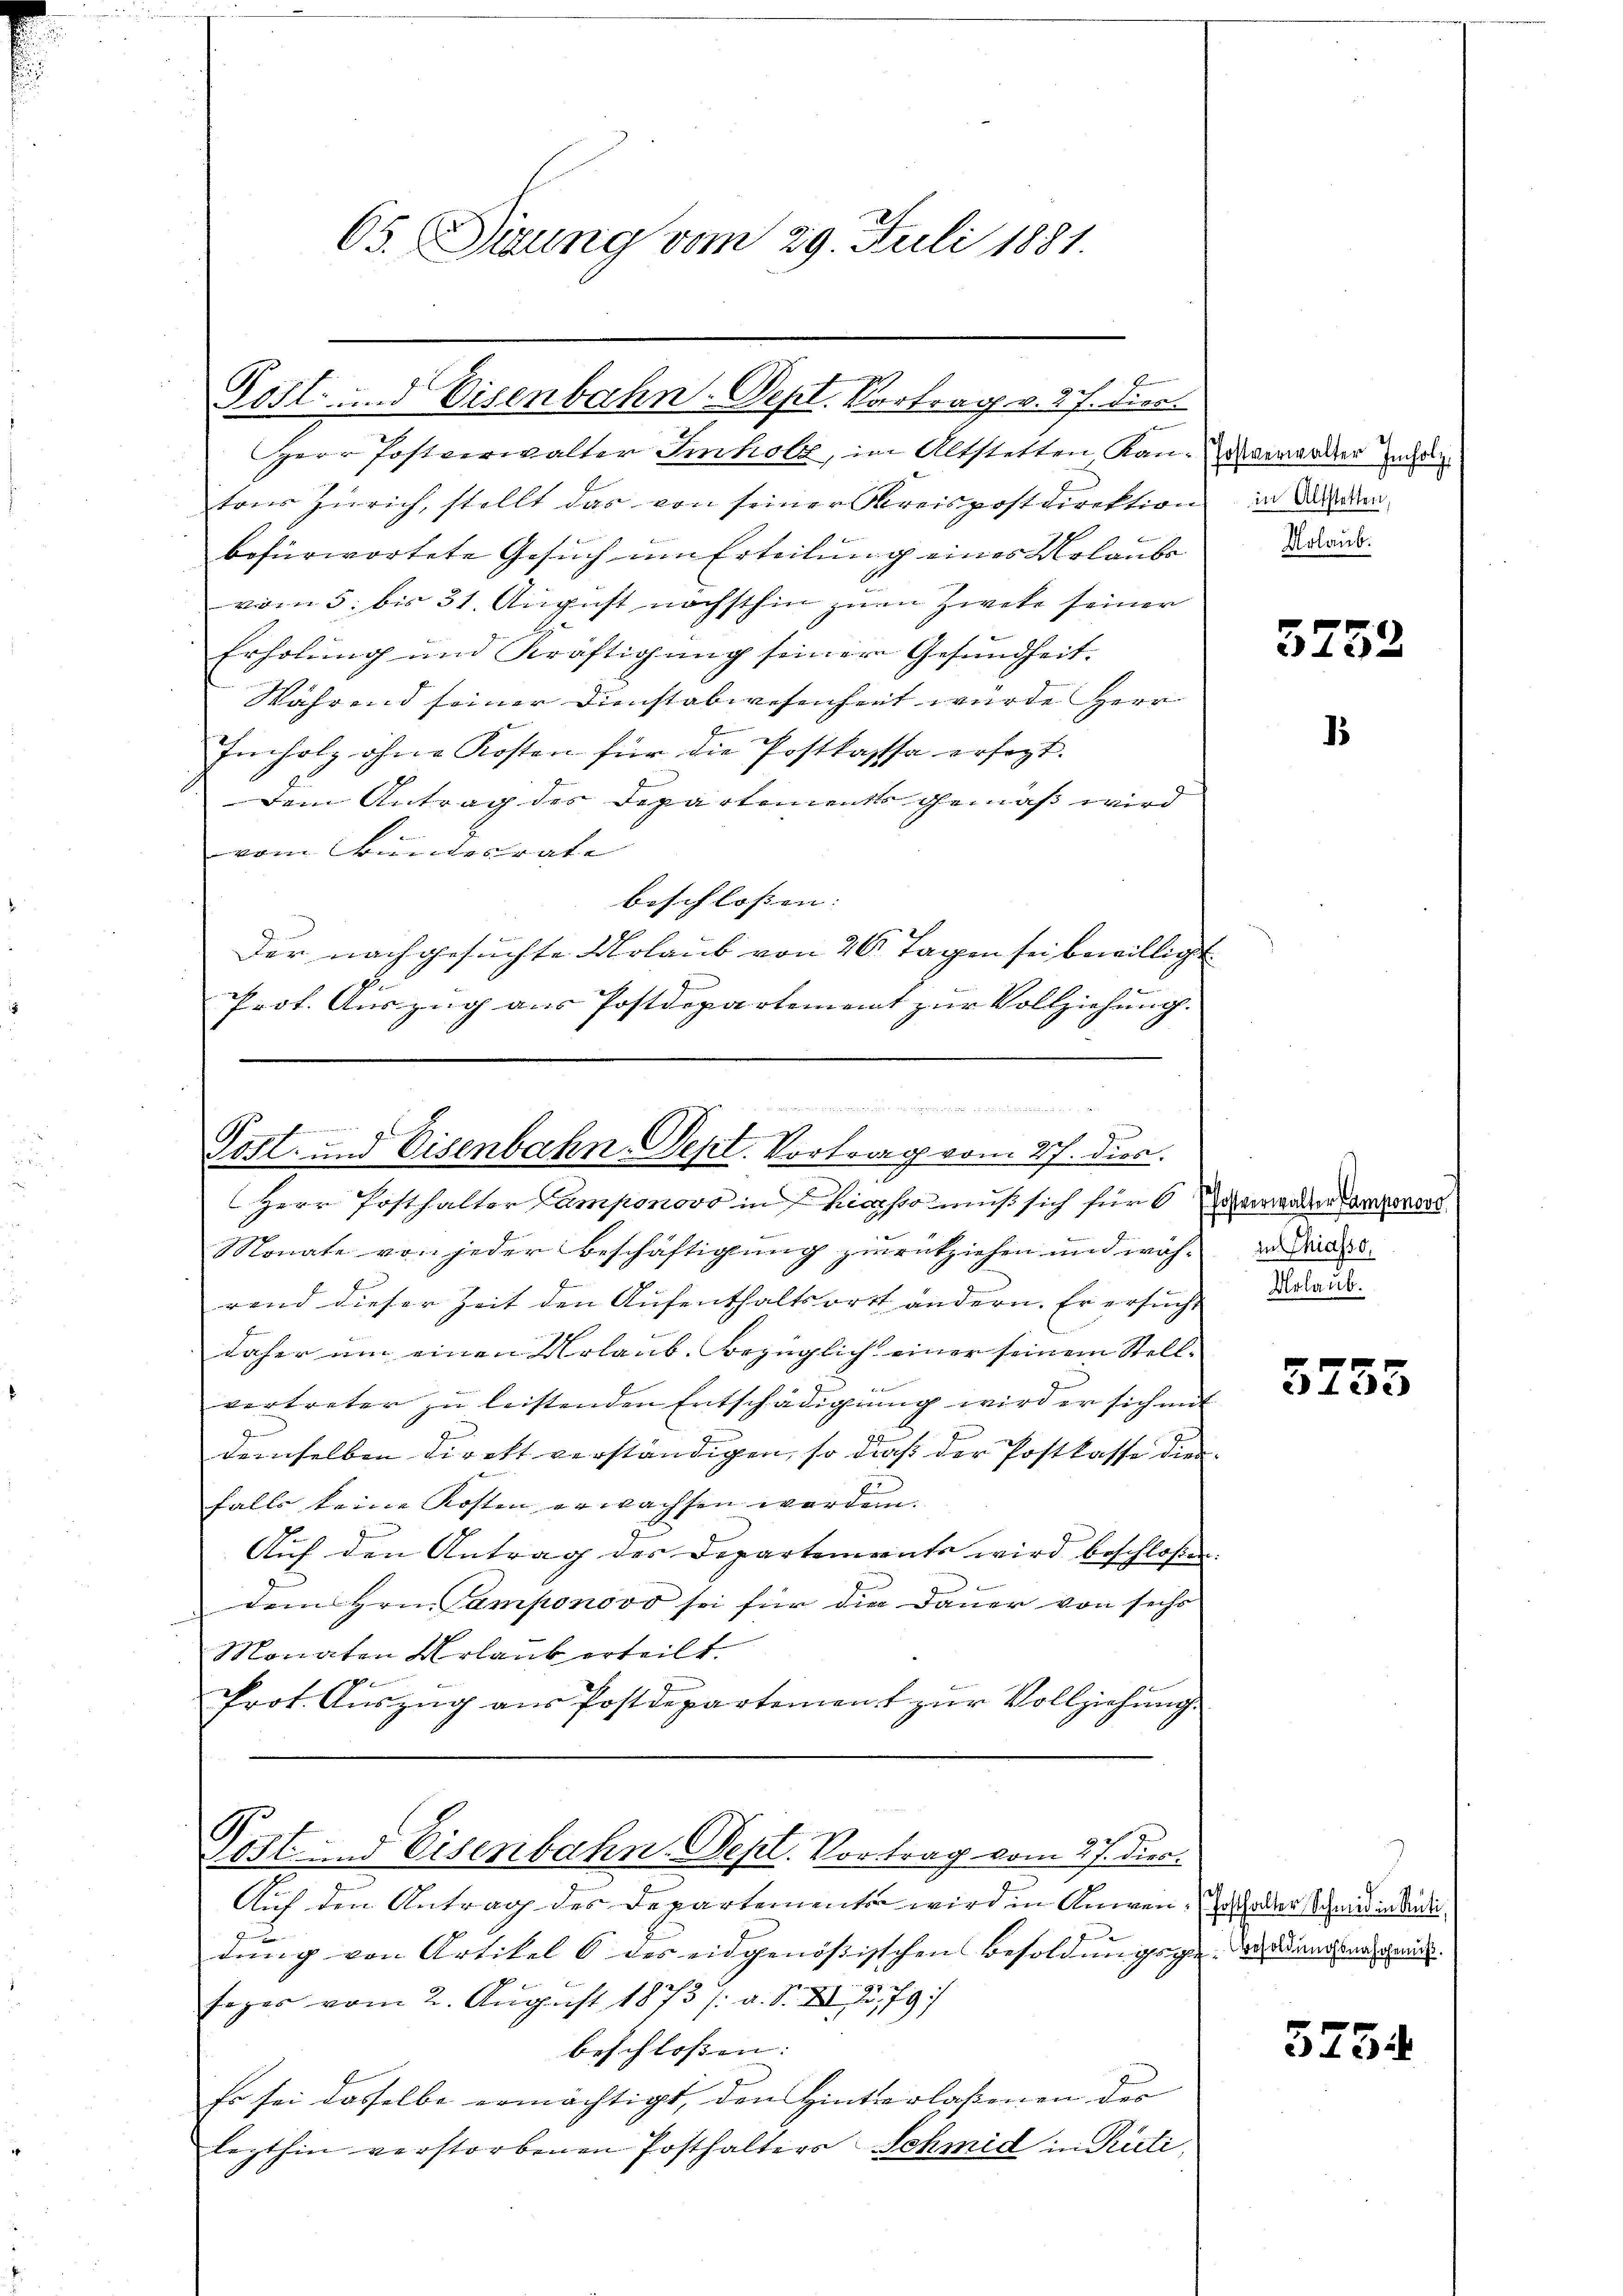
65. Siung vom 29. Juli 1881.

Post- und Eisenbahn-Dept. Vortrag v. 27. dies

Herr Postverwalter Imholz, im Altstetten Kan-Marmorden und
tons Zürich, stellt das von seiner Kreispostdirektion in den
befürwortete Gesuch um Erteilung eines Molaube dur
vom 5. bis 31. August nächsthin zum Zweke seiner
Erholung und Kräftigung seiner Gesundheit.
Während seiner Dienstabwesenheit wurde Herr
Imholz ohne Kosten für die Postkassa ersezt.
Dem Antrag des Departements gemäß wird
vom Bundesrate
beschlossen: |
Der nachgesuchte Urlaub von 20 Tagen sei bewilligt
.
d
Prot. Auszug aus Postdepartement zur Vollziehung.
Herr Posthalter Camponovo in Chiasso muß sich für Schwanden Lampwors
u
Monate von jeder Beschäftigung zurückziehen und wäh-
rend dieser Zeit den Aufenthaltsort ändern. Er ersucht
daher um einen Urlaub. Bezüglich einer seinem Stell-
vertreter zu leistenden Entschädigung wird er sich mit
demselben direkt verständigen, so dieß der Postkasse dienfalls keine Kosten erwachsen worden.
Auf den Antrag der Departements wird beschlossen.
dem Hrn. Camponovo sei für die Dauer von sechs
Monaten Urlaub erteilt.
Prot. Auszug aus Postdepartement zur Vollziehung.
Post und Eisenbahn. Sept. Vortrag vom 27. Dier.
Auf den Antrag des Departementen wird in Anwen- oder Schmid in beide
dung von Artikel 8 des eidgenössischen Besoldungsgedankenann
Fazer vom 2. August 1873 /: a. S. XI. 279)
beschlossen: |
Es sei dasselbe ermächtigt, den Hinterlassenen der
lezthin verstorbenen Posthalters Schmid in Puti,

Post- und Eisenbahn-Sept. Vortrag vom 27. dies

5752

d

3

in Chiasso
Urlaub.

5755

5754